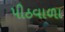
પીઠવાળા